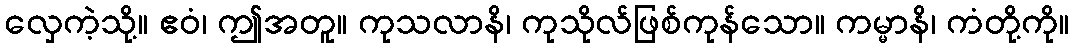
လှေကဲ့သို့။ ဧဝံ၊ ဤအတူ။ ကုသလာနိ၊ ကုသိုလ်ဖြစ်ကုန်သော။ ကမ္မာနိ၊ ကံတို့ကို။